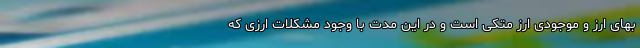
بهای ارز و موجودی ارز متکی است و در این مدت با وجود مشکلات ارزی که